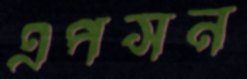
এপসন